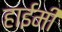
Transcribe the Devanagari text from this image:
हाईमी